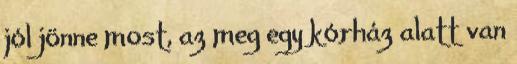
jól jönne most, az meg egy kórház alatt van